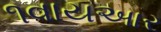
૧વાયઆર